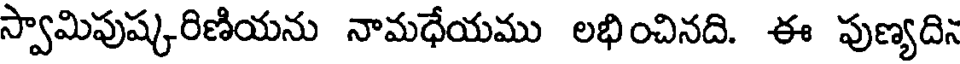
స్వామిపుష్కరిణియను నామధేయము లభించినది. ఈ పుణ్యదిన